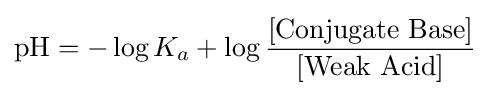
{\mathrm {pH} }=-\log K_{a}+\log {\frac {\text{[Conjugate Base]}}{\text{[Weak Acid]}}}